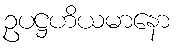
ဥပဋ္ဌဟိယမာနော